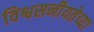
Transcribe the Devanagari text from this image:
विश्वसनीयतेच्या